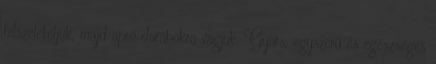
felszeleteljük, majd apró darabokra vágjuk. Gyors, egyszerű és egészséges